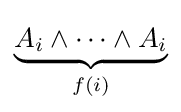
\underbrace {A_{i}\land \dots \land A_{i}} _{f(i)}